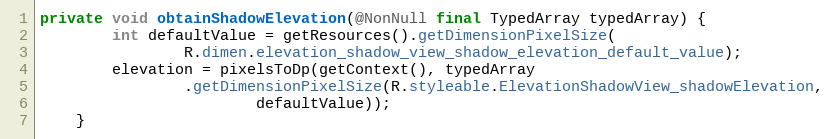
Language: Java
private void obtainShadowElevation(@NonNull final TypedArray typedArray) {
        int defaultValue = getResources().getDimensionPixelSize(
                R.dimen.elevation_shadow_view_shadow_elevation_default_value);
        elevation = pixelsToDp(getContext(), typedArray
                .getDimensionPixelSize(R.styleable.ElevationShadowView_shadowElevation,
                        defaultValue));
    }